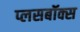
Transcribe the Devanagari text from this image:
प्लसबॉक्स